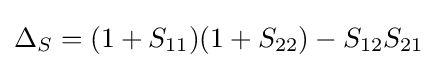
\Delta _{S}=(1+S_{11})(1+S_{22})-S_{12}S_{21}